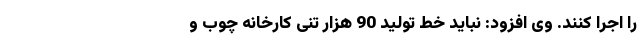
را اجرا کنند. وی افزود: نباید خط تولید 90 هزار تُنی کارخانه چوب و